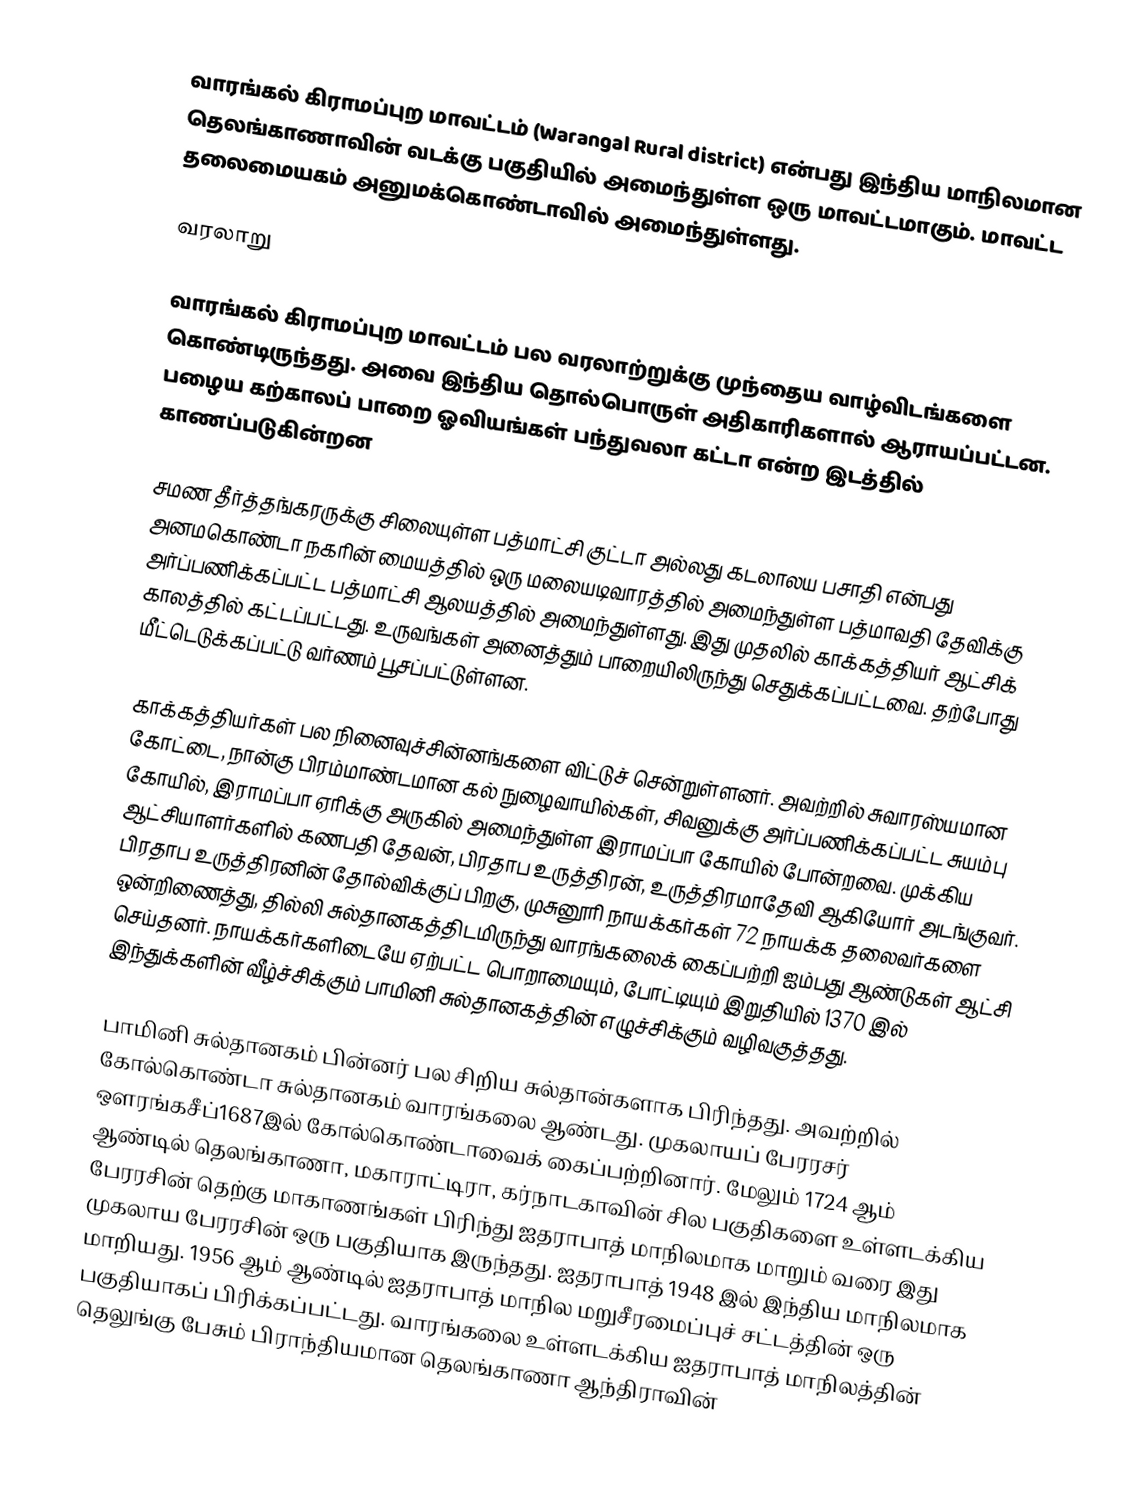
வாரங்கல் கிராமப்புற மாவட்டம் (Warangal  Rural  district) என்பது இந்திய மாநிலமான தெலங்காணாவின் வடக்கு பகுதியில் அமைந்துள்ள ஒரு மாவட்டமாகும். மாவட்ட தலைமையகம் அனுமக்கொண்டாவில் அமைந்துள்ளது.

வரலாறு

வாரங்கல் கிராமப்புற மாவட்டம் பல வரலாற்றுக்கு முந்தைய வாழ்விடங்களை கொண்டிருந்தது. அவை இந்திய தொல்பொருள் அதிகாரிகளால் ஆராயப்பட்டன. பழைய கற்காலப் பாறை ஓவியங்கள் பந்துவலா கட்டா என்ற இடத்தில் காணப்படுகின்றன

சமண தீர்த்தங்கரருக்கு சிலையுள்ள பத்மாட்சி குட்டா அல்லது கடலாலய பசாதி என்பது அனமகொண்டா நகரின் மையத்தில் ஒரு மலையடிவாரத்தில் அமைந்துள்ள பத்மாவதி தேவிக்கு அர்ப்பணிக்கப்பட்ட பத்மாட்சி ஆலயத்தில் அமைந்துள்ளது. இது முதலில் காக்கத்தியர் ஆட்சிக் காலத்தில் கட்டப்பட்டது. உருவங்கள் அனைத்தும் பாறையிலிருந்து செதுக்கப்பட்டவை. தற்போது மீட்டெடுக்கப்பட்டு வர்ணம் பூசப்பட்டுள்ளன.

காக்கத்தியர்கள் பல நினைவுச்சின்னங்களை விட்டுச் சென்றுள்ளனர். அவற்றில் சுவாரஸ்யமான கோட்டை, நான்கு பிரம்மாண்டமான கல் நுழைவாயில்கள், சிவனுக்கு அர்ப்பணிக்கப்பட்ட சுயம்பு கோயில், இராமப்பா ஏரிக்கு அருகில் அமைந்துள்ள இராமப்பா கோயில் போன்றவை. முக்கிய ஆட்சியாளர்களில் கணபதி தேவன், பிரதாப உருத்திரன், உருத்திரமாதேவி ஆகியோர் அடங்குவர். பிரதாப உருத்திரனின் தோல்விக்குப் பிறகு, முசுனூரி நாயக்கர்கள் 72 நாயக்க தலைவர்களை ஒன்றிணைத்து, தில்லி சுல்தானகத்திடமிருந்து வாரங்கலைக் கைப்பற்றி ஐம்பது ஆண்டுகள் ஆட்சி செய்தனர். நாயக்கர்களிடையே ஏற்பட்ட பொறாமையும், போட்டியும் இறுதியில் 1370 இல் இந்துக்களின் வீழ்ச்சிக்கும் பாமினி சுல்தானகத்தின் எழுச்சிக்கும் வழிவகுத்தது.

பாமினி சுல்தானகம் பின்னர் பல சிறிய சுல்தான்களாக பிரிந்தது. அவற்றில் கோல்கொண்டா சுல்தானகம் வாரங்கலை ஆண்டது. முகலாயப் பேரரசர் ஔரங்கசீப்1687இல் கோல்கொண்டாவைக் கைப்பற்றினார். மேலும் 1724 ஆம் ஆண்டில் தெலங்காணா, மகாராட்டிரா, கர்நாடகாவின் சில பகுதிகளை உள்ளடக்கிய பேரரசின் தெற்கு மாகாணங்கள் பிரிந்து ஐதராபாத் மாநிலமாக மாறும் வரை இது முகலாய பேரரசின் ஒரு பகுதியாக இருந்தது. ஐதராபாத் 1948 இல் இந்திய மாநிலமாக மாறியது. 1956 ஆம் ஆண்டில் ஐதராபாத் மாநில மறுசீரமைப்புச் சட்டத்தின் ஒரு பகுதியாகப் பிரிக்கப்பட்டது. வாரங்கலை உள்ளடக்கிய ஐதராபாத் மாநிலத்தின் தெலுங்கு பேசும் பிராந்தியமான தெலங்காணா ஆந்திராவின்